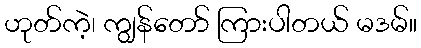
ဟုတ်ကဲ့၊ ကျွန်တော် ကြားပါတယ် မဒမ်။